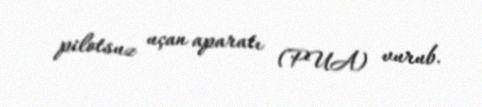
pilotsuz uçan aparatı (PUA) vurub.